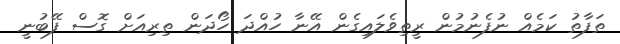
ތަފާތު ކަމެއް ނުފެނުމުން ރީތިވެލައިގެން އޭނާ ހުއްދަ ހޯދަން ތިރިއަށް ގޮސް ފޭބުނީ